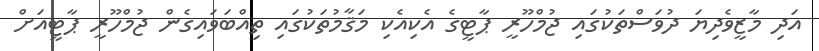
އަދި މާޒީވެދިޔަ ދުވަސްތަކުގައި ޖުމްހޫރީ ޕާޓީގެ އެކިއެކި މަޤާމުތަކުގައި ތިއްބަވައިގެން ޖުމްހޫރީ ޕާޓީއަށް